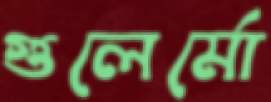
গুলের্মো